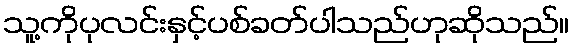
သူ့ကိုပုလင်းနှင့်ပစ်ခတ်ပါသည်ဟုဆိုသည်။